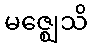
မဇ္ဈေသိ